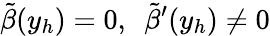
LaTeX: \tilde{\beta}(y_{h})=0,\ \ \tilde{\beta}^{\prime}(y_{h})\ne 0